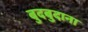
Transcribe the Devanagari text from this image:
बुदबुदाना